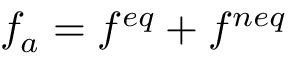
f _ { a } = f ^ { e q } + f ^ { n e q }